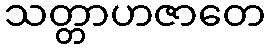
သတ္တာဟဇာတေ